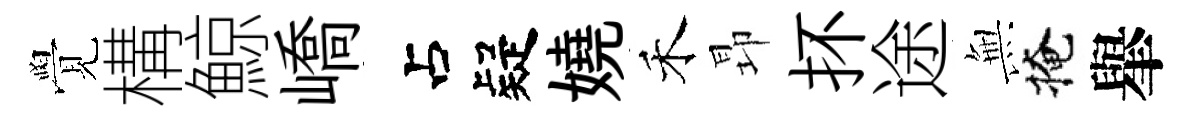
覺構鯨嶠疑嬈禾昻抔途𭴾掩𦦙